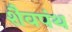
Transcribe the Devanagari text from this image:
शैवपंथ